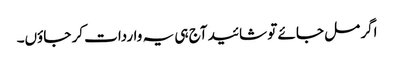
اگر مل جائے تو شائید آج ہی یہ واردات کر جاؤں۔